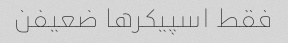
فقط اسپیکرها ضعیفن